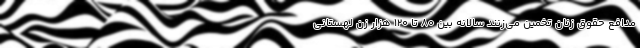
مدافع حقوق زنان تخمین می‌زنند سالانه بین ۸۰ تا ۱۲۰ هزار زن لهستانی